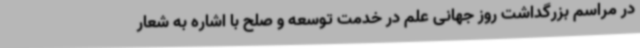
در مراسم بزرگداشت روز جهانی علم در خدمت توسعه و صلح با اشاره به شعار